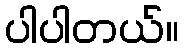
ပါပါတယ်။